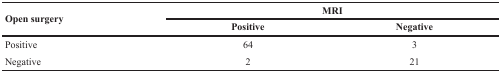
| <ROWSPAN=2> Open surgery | <COLSPAN=2> MRI |
 | Positive | Negative |
 | --- | --- | --- |
 | Positive | 64 | 3 |
 | Negative | 2 | 21 |